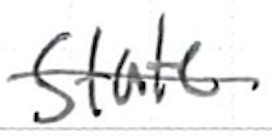
Text: state
Cross-out: single-line
Writing tool: ballpoint